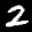
Label: 2